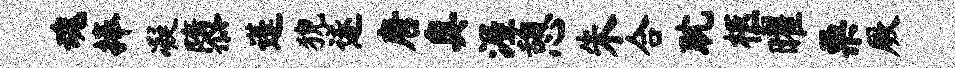
魂捧凝隳蓬猊遂唐奥渥憩朱合耽柩曜栗厥